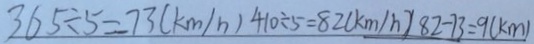
3 6 5 \div 5 = 7 3 ( k m / h ) 4 1 0 \div 5 = 8 2 ( k m / h ) 8 2 - 7 3 = 9 ( k m )